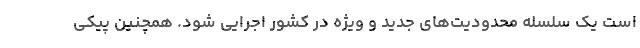
است یک سلسله محدودیت‌های جدید و ویژه در کشور اجرایی شود. همچنین پیکی